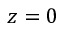
z = 0